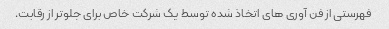
فهرستی از فن آوری های اتخاذ شده توسط یک شرکت خاص برای جلوتر از رقابت.